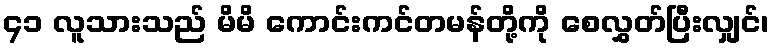
၄၁ လူသားသည် မိမိ ကောင်းကင်တမန်တို့ကို စေလွှတ်ပြီးလျှင်၊